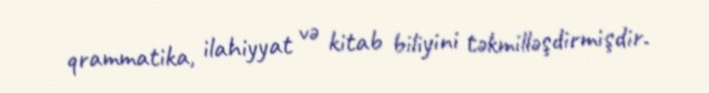
qrammatika, ilahiyyat və kitab biliyini təkmilləşdirmişdir.